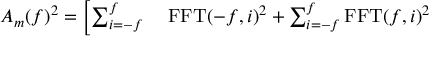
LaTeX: \begin{array} { r l } { A _ { m } ( f ) ^ { 2 } = \left[ \sum _ { i = - f } ^ { f } \right. } & { { } \operatorname { F F T } ( - f , i ) ^ { 2 } + \sum _ { i = - f } ^ { f } \operatorname { F F T } ( f , i ) ^ { 2 } } \end{array}